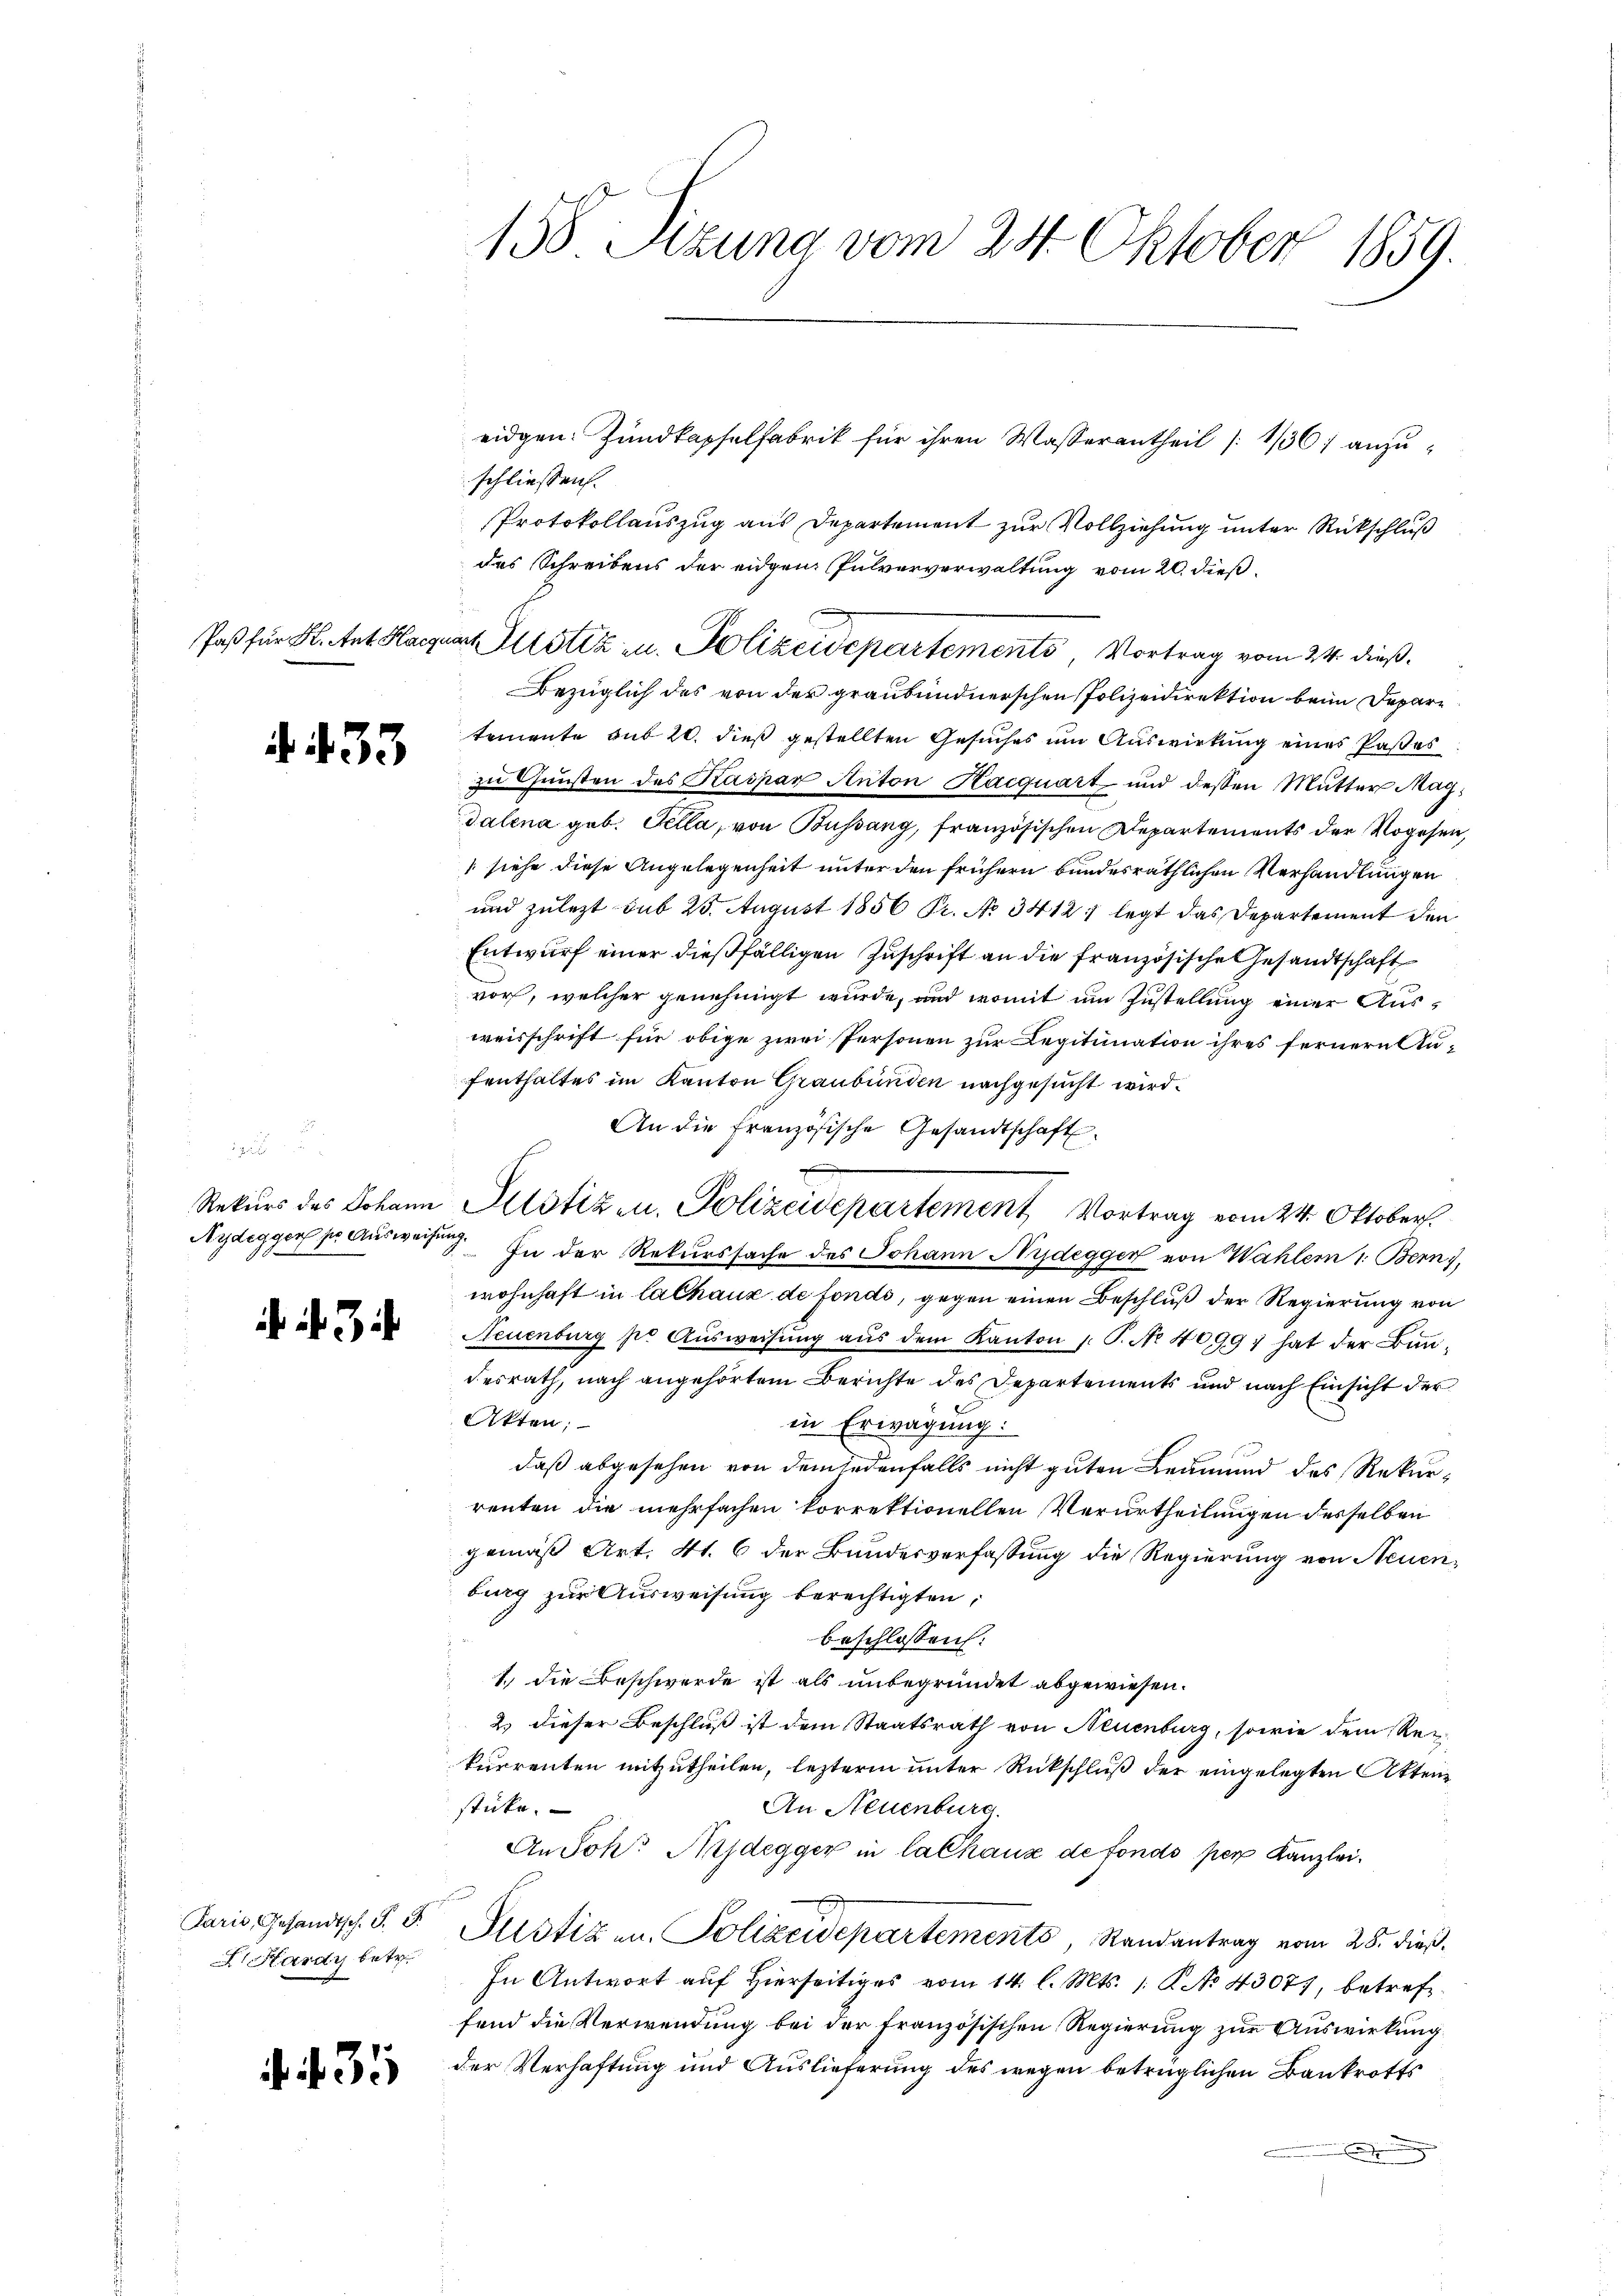
f. 433

.
Aydeggen per Ausweisen
mach

3

Paris, Gesandtsch. J. J.
I. Hardy betr.

35

158 Setzung vom 24. Oktober 1859.

eidgen. Zundkapselfabrik für ihren Wasserantheil (136) anzuschliessen.
Protokollauszug aus Departement zur Vollziehung unter Rückschluß
des Schreibens der eidgen. Pulververwaltung vom 20. dieß¬
Paß für H. Ant. Hagua Justiz u. Polizeidepartements Vortrag vom 24. dieß.
Bezüglich des von der graubündnerschen Polizeidirektion beim Departemente sub 20. dieß gestellten Gesuches um Auswirkung eines Paßes
zu Gunsten des Kaspar Anton Hacquart und dessen Mutter Magdalena geb. Tella, von Büssung, französischen Departements der Rogesen,
siehe diese Angelegenheit unter den frühern bundesräthlichen Verhandlungen
und zulezt sub 23. August 1856 Pr. No 3412, legt das Departement den
Entwurf einer dießfälligen Zuschrift an die französische Gesandtschaft
vor, welcher genehmigt wurde, und womit um Zustellung einer Ausweisschrift für obige zwei Personen zur Legitination ihres fernern Aufenthaltes im Kanton Graubünden nachgesucht wird.
An die französische Gesandtschaft
Rekŭrs des Johann Altstiz u. Polizeidepartement Vortrag vom 24. Oktober.
In der Rekurssache des Johann Nydegger von Wahlern 1: Bern),
wohnhaft in Cathaux de fonds, gegen einen Beschluß der Regierung von
Neuenburg pr Aŭsweisŭng aŭs dem Kanton J. P. Nr. 40997 hat der Bun-
desrath, nach angehörtem Berichte des Departements und nach Einsicht der
Akten;
in Erwägung:
daß abgesehen von dem jedenfalls nicht guten Leumund des Rekurrenten die mehrfachen korrektionellen Verurtheilungen desselben
gemäß Art. 41. 6 der Bundesverfassung die Regierung von Neuenburg zur Ausweisung berechtigten,
beschlossen:
1.) Die Beschwerde ist als unbegründet abgewiesen.
2 dieser Beschluß ist dem Staatsrath von Neuenburg, sowie dem Rekurrenten mitzutheilen, lezterm unter Rückschluß der eingelegten Aktensticke.
An Neuenburg.
An Joh. Aidegger in lalhaus de fonds per Kanzlei.
Justizen. Polizeidepartements, Randantrag vom 28. dieß.
In Antwort auf hierseitiges vom 14. l. Mts. 1. P. No 43077, betreffend die Verwendung bei der französischen Regierung zur Auswirkung
der Verhaftung und Auslieferung des wegen betrüglichen Bankrotts
d